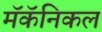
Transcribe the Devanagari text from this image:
मॅकॅनिकल